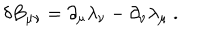
\delta B _ { \mu \nu } = \partial _ { \mu } \lambda _ { \nu } - \partial _ { \nu } \lambda _ { \mu } \ .